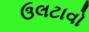
ઉલટાવો